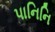
પાનિનિ